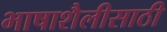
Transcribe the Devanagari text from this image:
भाषाशैलीसाठी